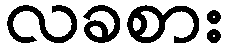
လခစား